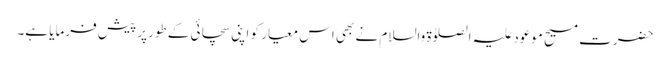
حضرت مسیح موعود علیہ الصلوٰۃ والسلام نے بھی اس معیار کو اپنی سچائی کے طورپر پیش فرمایا ہے۔